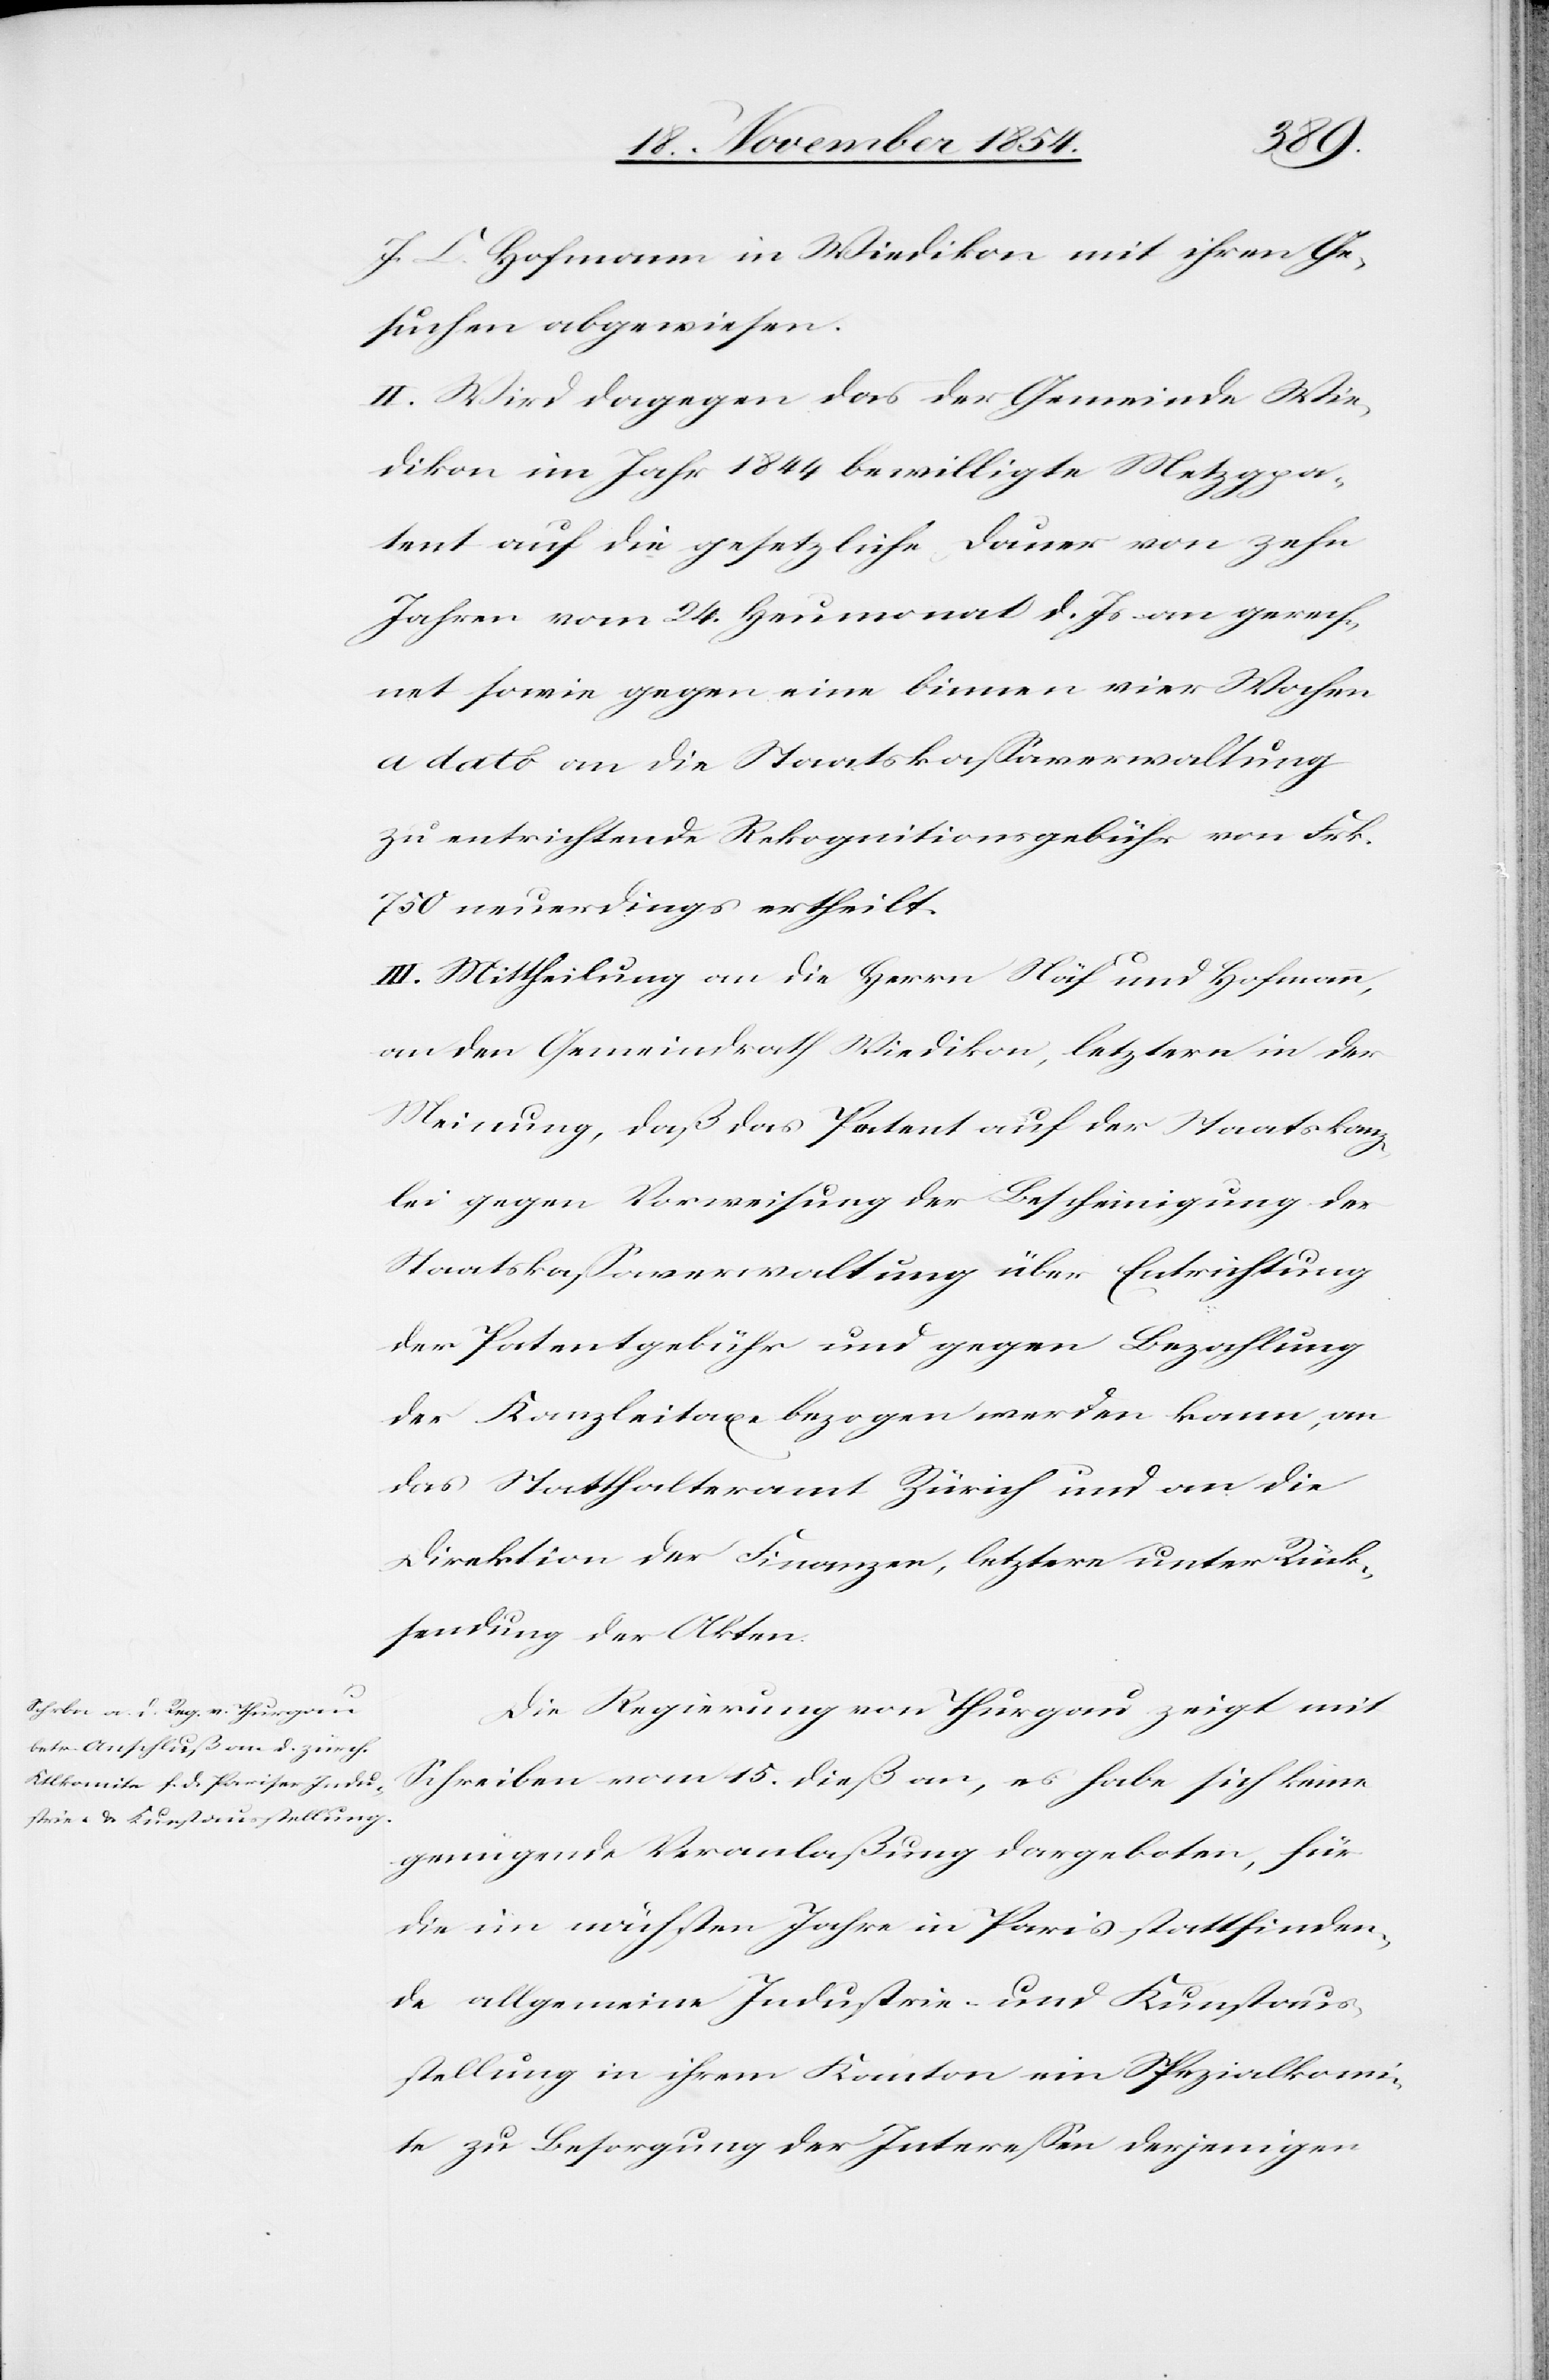
J. C. Hofmann in Wiedikon mit ihren Ge¬
suchen abgewiesen.
II. Wird dagegen das der Gemeinde Wie¬
dikon im Jahr 1844 bewilligte Metzpa¬
tent auf die gesetzliche Dauer von zehn
Jahren vom 24. Heumonat d. Js an gerech¬
net sowie gegen eine binnen vier Wochen
a dato an die Staatskaßaverwaltung
zu entrichtende Rekognitionsgebühr von Frk.
750 neuerdings ertheilt.
III. Mittheilung an die Herrn Näf und Hofmann,
an den Gemeindrath Wiedikon, letztern in der
Meinung, daß das Patent auf der Staatskanz¬
lei gegen Vorweisung der Bescheinigung der
Staatskaßaverwaltung über Entrichtung
der Patentgebühr und gegen Bezahlung
der Kanzleitaxe bezogen werden kann, an
das Statthalteramt Zürich und an die
Direktion der Finanzen, letztere unter Rück¬
sendung der Akten.
Die Regierung von Thurgau zeigt mit
Schreiben vom 15. dieß an, es habe sich keine
genügende Veranlaßung dargeboten, für
die im nächsten Jahre in Paris stattfinden¬
de allgemeine Industrie- und Kunstaus¬
stellung in ihrem Kanton ein Spezialkomi¬
te zu Besorgung der Intereßen derjenigen